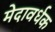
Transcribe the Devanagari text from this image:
मेदावर्धक